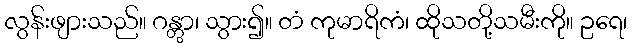
လွန်းဖျားသည်။ ဂန္တွာ၊ သွား၍။ တံ ကုမာရိကံ၊ ထိုသတို့သမီးကို။ ဥရေ၊